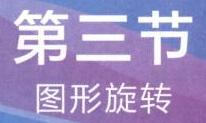
第三节
图形旋转